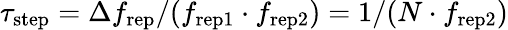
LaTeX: \tau_{\mathrm{step}}=\Delta f_{\mathrm{rep}}/(f_{\mathrm{rep1}}\cdot f_{\mathrm{rep2}})=1/(N\cdot f_{\mathrm{rep2}})